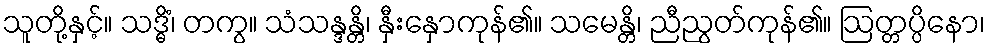
သူတို့နှင့်။ သဒ္ဓိံ၊ တကွ။ သံသန္ဒန္တိ၊ နှီးနှောကုန်၏။ သမေန္တိ၊ ညီညွတ်ကုန်၏။ ဩတ္တပ္ပိနော၊